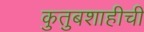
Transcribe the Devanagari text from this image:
कुतुबशाहीची